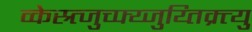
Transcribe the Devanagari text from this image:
व्केस्र्त्जुच्फ्य्जुय्तिक्र्त्यु